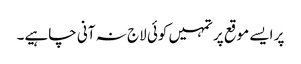
پر ایسے موقع پر تمہیں کوئی لاج نہ آنی چاہیے۔